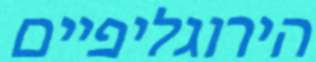
הירוגליפיים